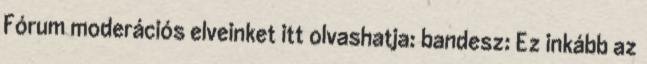
Fórum moderációs elveinket itt olvashatja: bandesz: Ez inkább az